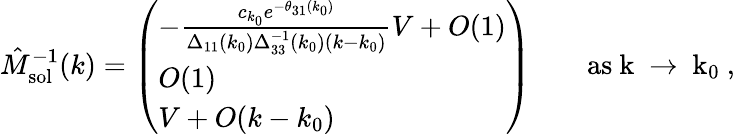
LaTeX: \hat{M}_{\mathrm{sol}}^{-1}(k)=\left(\begin{array}{l}{-\frac{c_{k_{0}}e^{-\theta_{31}(k_{0})}}{\Delta_{11}(k_{0})\Delta_{33}^{-1}(k_{0})(k-k_{0})}V+O(1)}\\ {O(1)}\\ {V+O(k-k_{0})}\end{array}\right)\qquad\mathrm{as~k~\to~k_0~},